system: You are a helpful assistant.
user:
Analyze the provided spectrum to determine if it is a **S-type Star**.

- **Key Indicators for S-type Star:**

    - **(Overall Spectrum Shape):** The first and most obvious characteristic is the overall continuum (the "baseline" shape). It is **extremely "red-sloping,"** meaning the flux (light intensity) is very low on the left side (blue, ~4000-4500 Å) and rises steeply and continuously toward the right side (red, ~7000 Å+).

    - **(Primary):** The spectrum is defined by the presence of strong, broad molecular absorption "valleys" (bands) from **Zirconium Oxide (ZrO)**. The identification of these bands is the **primary requirement** for classifying a star as S-type.
        - **(Key Bandheads):** You must find distinct, deep "dips" where the light has been absorbed. The most critical band systems to locate are:
            - **~6474 Å** ($\gamma$-system): This is often the strongest and clearest ZrO feature, found in the red part of the spectrum.
            - **~5718 Å** & **~5551 Å** ($\beta$-system): A pair of prominent absorption features in the yellow-orange part of the spectrum.
            - **~4640 Å** ($\alpha$-system): A key absorption band system in the blue-green region of the spectrum.

    - **(Secondary Confirmation):** The classification is strengthened by finding additional absorption bands from other related heavy element oxides, which are expected to be present alongside ZrO.
        - **(Key Bandheads):**
            - **Yttrium Oxide (YO):** Look for absorption dips near **~4800 Å** and **~6100 Å**.
            - **Lanthanum Oxide (LaO):** Additional absorption features, particularly in the red-orange part of the spectrum, are also characteristic.

    - **(Line Profile):** The combination of the steep red continuum and these numerous, deep molecular bands (ZrO, YO, etc.) gives the entire spectrum a very **"chopped-up"** or **"bumpy"** appearance. Instead of a smooth curve, the spectrum looks as though large, wide chunks of light have been "carved out" of it at the specific wavelengths listed above.

Think first, call **spectral_visualization_tool** if needed to examine features in detail, then provide your final answer. Your response must adhere to the following strict rules:
1.  **Overall Structure:** Your response must follow the format `<think>...</think> <tool_call>...</tool_call> (if a tool is used) <answer>...</answer>`.
2.  **Tool Usage Constraint:** You may only make **one** tool call per turn.
3.  **Final Answer Format:** In the `<answer>` tag, your conclusion must be inside a `\boxed{}` command (e.g., `\boxed{YES}` or `\boxed{NO}`), followed by your justification.

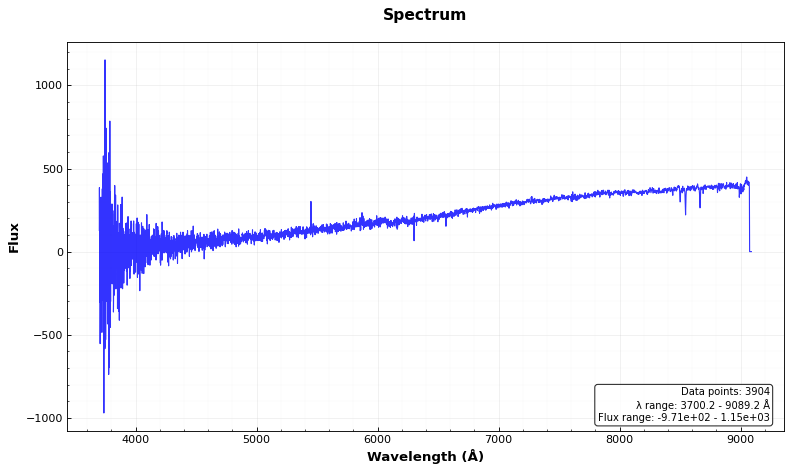
Answer: NO